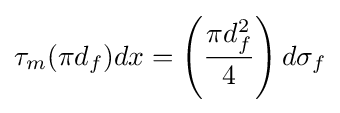
\tau _{m}(\pi d_{f})dx=\left({\frac {\pi d_{f}^{2}}{4}}\right)d\sigma _{f}